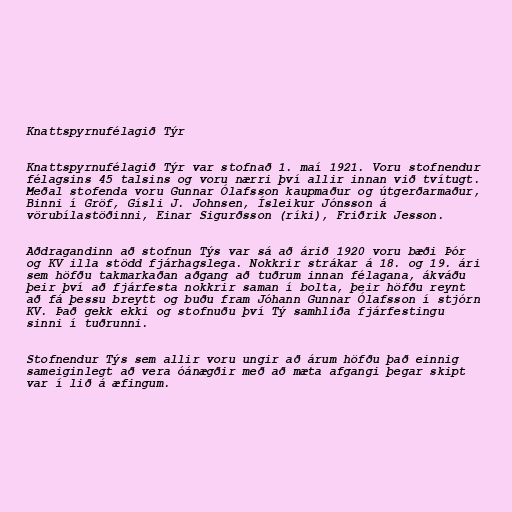
Knattspyrnufélagið Týr

Knattspyrnufélagið Týr var stofnað 1. maí 1921. Voru stofnendur
félagsins 45 talsins og voru nærri því allir innan við tvítugt.
Meðal stofenda voru Gunnar Ólafsson kaupmaður og útgerðarmaður,
Binni í Gröf, Gísli J. Johnsen, Ísleikur Jónsson á
vörubílastöðinni, Einar Sigurðsson (ríki), Friðrik Jesson.

Aðdragandinn að stofnun Týs var sá að árið 1920 voru bæði Þór
og KV illa stödd fjárhagslega. Nokkrir strákar á 18. og 19. ári
sem höfðu takmarkaðan aðgang að tuðrum innan félagana, ákváðu
þeir því að fjárfesta nokkrir saman í bolta, þeir höfðu reynt
að fá þessu breytt og buðu fram Jóhann Gunnar Ólafsson í stjórn
KV. Það gekk ekki og stofnuðu því Tý samhliða fjárfestingu
sinni í tuðrunni.

Stofnendur Týs sem allir voru ungir að árum höfðu það einnig
sameiginlegt að vera óánægðir með að mæta afgangi þegar skipt
var í lið á æfingum.